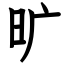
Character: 旷